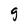
Character: g